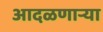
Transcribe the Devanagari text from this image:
आदळणार्‍या